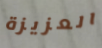
العزيزة